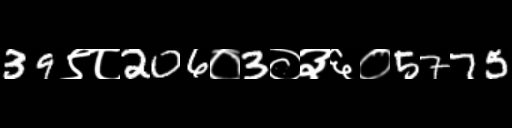
Text: 39९८206०3०३६०5775